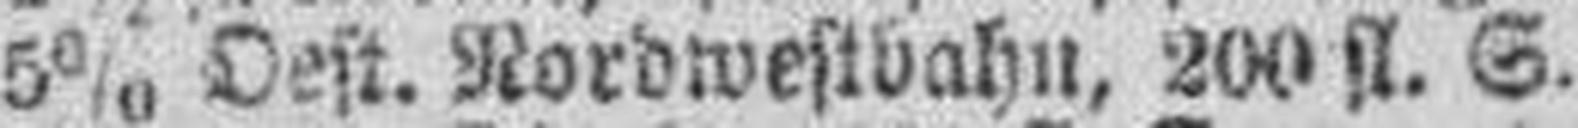
5% Oest. Nordwestbahn, 200 fl. S.